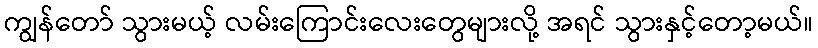
ကျွန်တော် သွားမယ့် လမ်းကြောင်းလေးတွေများလို့ အရင် သွားနှင့်တော့မယ်။